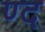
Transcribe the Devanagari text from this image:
ण्द